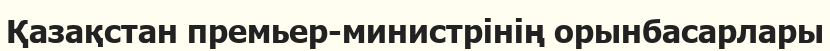
Қазақстан премьер-министрінің орынбасарлары